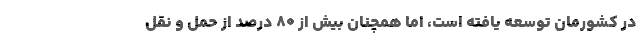
در کشورمان توسعه یافته است، اما همچنان بیش از ۸۰ درصد از حمل و نقل